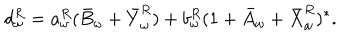
d _ { \omega } ^ { R } = a _ { \omega } ^ { R } ( \bar { B } _ { \omega } + \bar { Y } _ { \omega } ^ { R } ) + b _ { \omega } ^ { R } ( 1 + \bar { A } _ { \omega } + \bar { X } _ { \omega } ^ { R } ) ^ { \ast } .